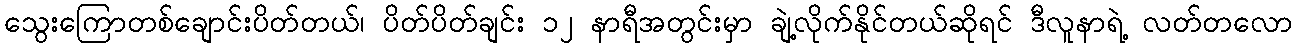
သွေးကြောတစ်ချောင်းပိတ်တယ်၊ ပိတ်ပိတ်ချင်း ၁၂ နာရီအတွင်းမှာ ချဲ့လိုက်နိုင်တယ်ဆိုရင် ဒီလူနာရဲ့ လတ်တလော